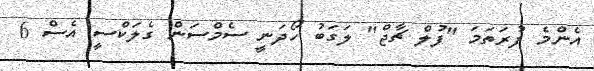
އެންމެ ފުރަތަމަ "ފުލް ޗާޖް" ލަގަބު ހޯދަނީ ސެމްސަން ގެލަކްސީ އެސް 6